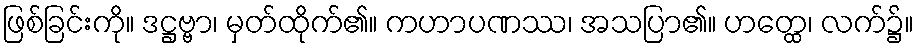
ဖြစ်ခြင်းကို။ ဒဋ္ဌဗ္ဗာ၊ မှတ်ထိုက်၏။ ကဟာပဏဿ၊ အသပြာ၏။ ဟတ္ထေ၊ လက်၌။